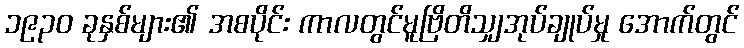
၁၉၃၀ ခုနှစ်များ၏ အစပိုင်း ကာလတွင်မူဗြိတိသျှအုပ်ချုပ်မှု အောက်တွင်